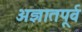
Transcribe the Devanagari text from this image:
अज्ञातपूर्व